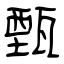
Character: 甄